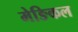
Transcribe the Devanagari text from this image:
मेङिकल